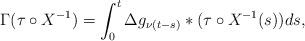
LaTeX: \begin{align*}\Gamma (\tau \circ X^{-1} ) = \int_0 ^t \Delta g_{\nu (t-s) } * (\tau \circ X^{-1} (s) ) ds, \end{align*}